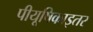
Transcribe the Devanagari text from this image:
पीयूषिकाइतर